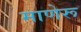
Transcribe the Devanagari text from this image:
माणेरू